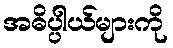
အဓိပ္ပါယ်များကို